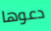
دعوها